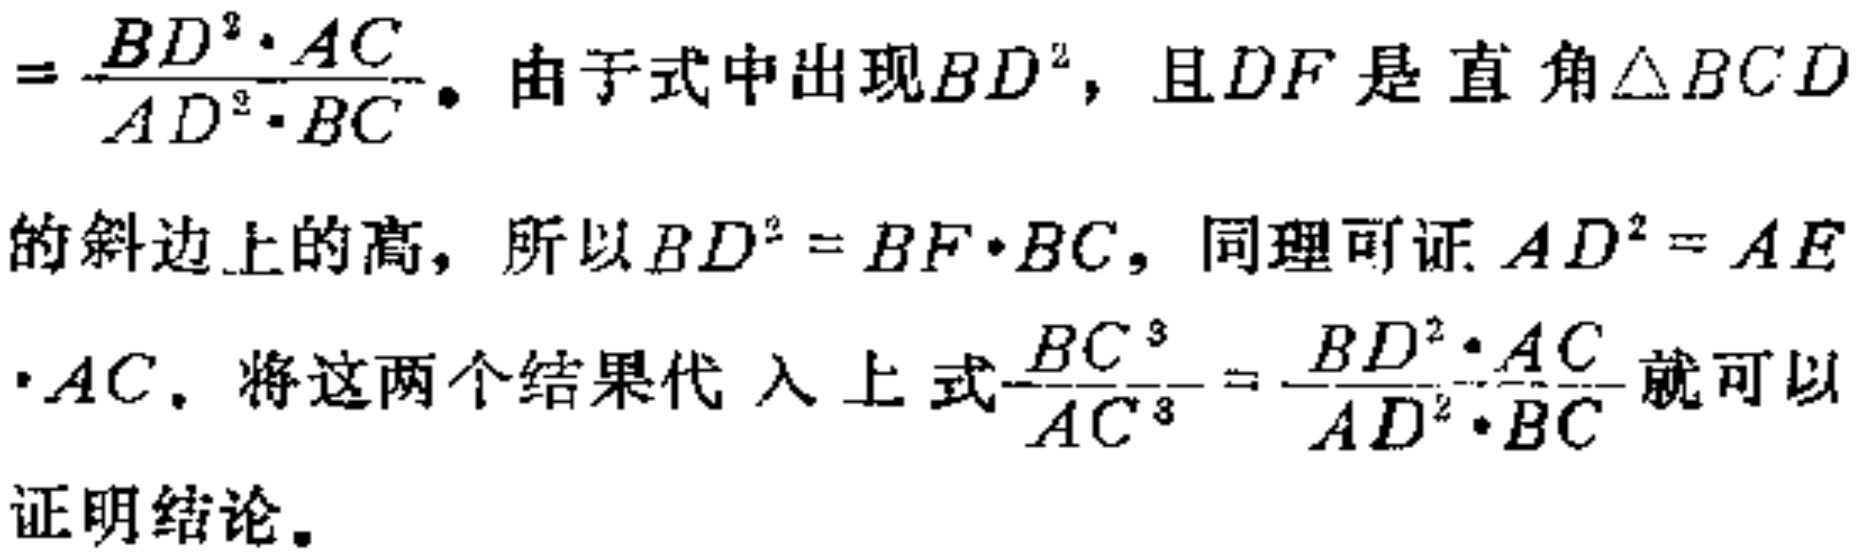
$=\frac{BD^{2}\cdot AC}{AD^{2}\cdot BC}。由于式中出现BD^{2}，且DF是直角\triangle BCD$
的斜边上的高，所以$BD^{2}=BF\cdot BC$，同理可证$AD^{2}=AE$
$\cdot AC。将这两个结果代入上式\frac{BC^{3}}{AC^{3}}=\frac{BD^{2}\cdot AC}{AD^{2}\cdot BC}就可以$
证明结论。